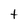
Character: t